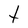
Character: t